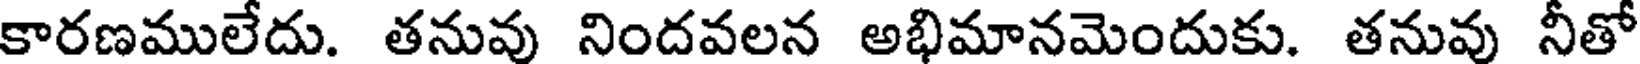
కారణములేదు. తనువు నిందవలన అభిమానమెందుకు. తనువు నీతో